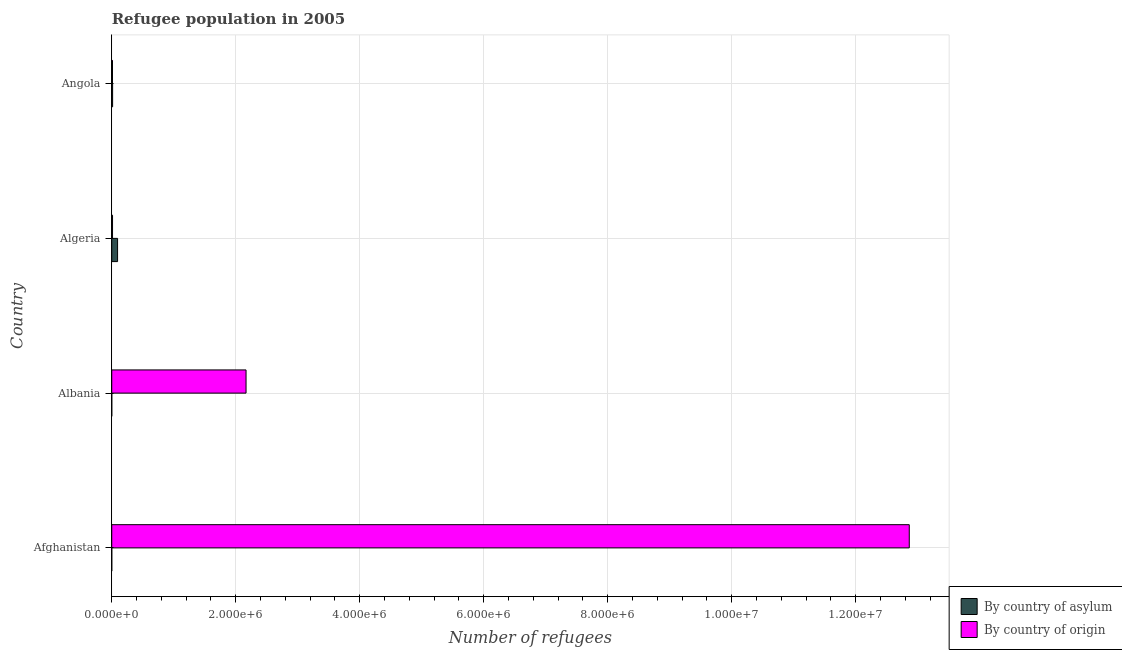
| Country | By country of asylum | By country of origin |
 | --- | --- | --- |
 | Afghanistan | 32 | 1.29e+07 |
 | Albania | 56 | 2.17e+06 |
 | Algeria | 9.41e+04 | 1.27e+04 |
 | Angola | 1.4e+04 | 1.2e+04 |